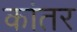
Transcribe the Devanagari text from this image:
कांतर